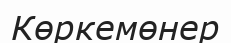
Көркемөнер